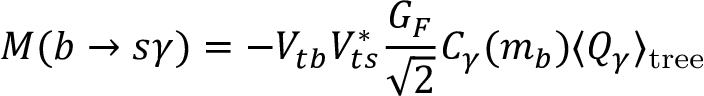
{ \cal M } ( b \to s \gamma ) = - V _ { t b } V _ { t s } ^ { * } { \frac { G _ { F } } { \sqrt { 2 } } } C _ { \gamma } ( m _ { b } ) \langle Q _ { \gamma } \rangle _ { \mathrm { t r e e } }